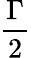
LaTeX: \frac{\Gamma}{2}